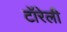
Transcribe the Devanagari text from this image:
टॉरेली